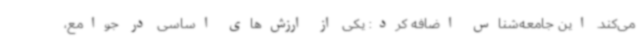
می‌کند. این جامعه‌شناس اضافه کرد: یکی از ارزش‌های اساسی در جوامع،